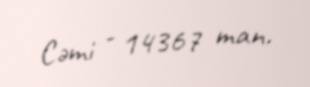
Cəmi - 14367 man.